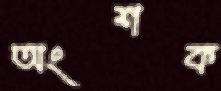
অংশক